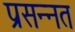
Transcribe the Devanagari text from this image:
प्रसन्नत